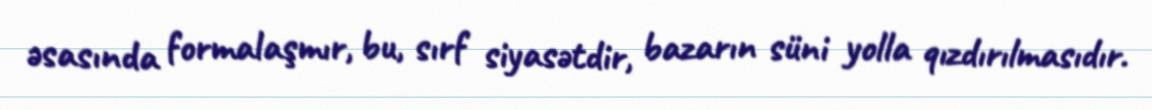
əsasında formalaşmır, bu, sırf siyasətdir, bazarın süni yolla qızdırılmasıdır.